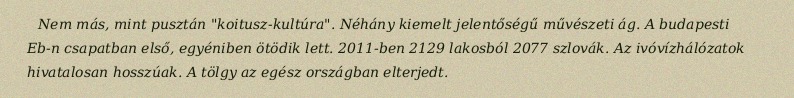
Nem más, mint pusztán "koitusz-kultúra". Néhány kiemelt jelentőségű művészeti ág. A budapesti Eb-n csapatban első, egyéniben ötödik lett. 2011-ben 2129 lakosból 2077 szlovák. Az ivóvízhálózatok hivatalosan hosszúak. A tölgy az egész országban elterjedt.